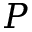
P